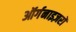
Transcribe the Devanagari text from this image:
ऑर्गनाइज़रों